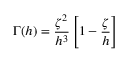
\Gamma ( h ) = \frac { \zeta ^ { 2 } } { h ^ { 3 } } \left[ 1 - \frac { \zeta } { h } \right]